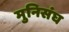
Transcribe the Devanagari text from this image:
मुनिसंघ